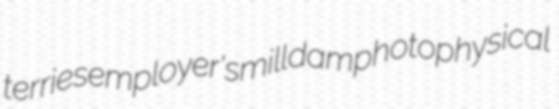
terries employer's milldam photophysical